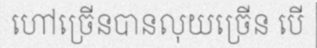
ហៅច្រើនបានលុយច្រើន បើ